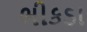
ભીકડા